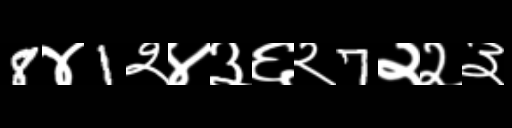
Text: 8४1२४३६२7२२३